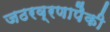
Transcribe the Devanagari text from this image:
जठरव्रणापैकी